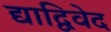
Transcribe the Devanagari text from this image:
द्याद्विवेद